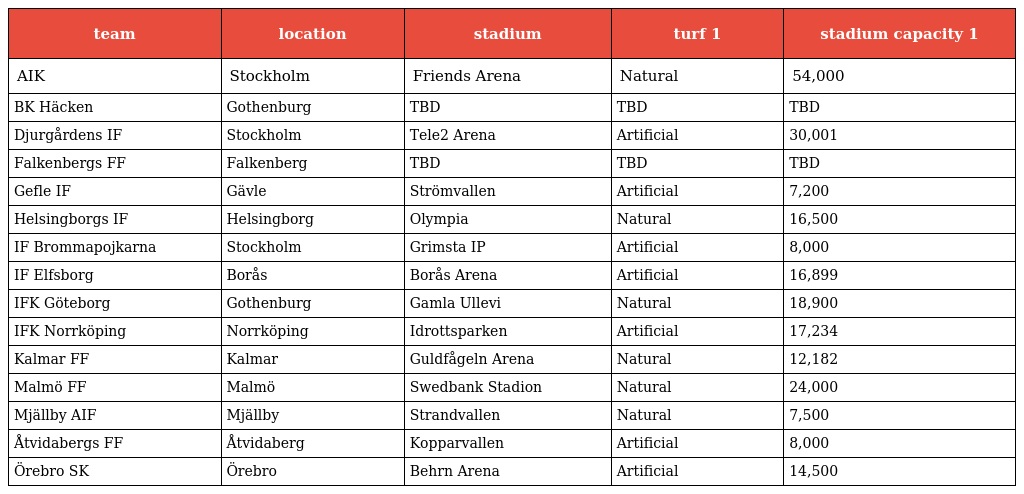
| team | location | stadium | turf 1 | stadium capacity 1 |
 | --- | --- | --- | --- | --- |
 | AIK | Stockholm | Friends Arena | Natural | 54,000 |
 | BK Häcken | Gothenburg | TBD | TBD | TBD |
 | Djurgårdens IF | Stockholm | Tele2 Arena | Artificial | 30,001 |
 | Falkenbergs FF | Falkenberg | TBD | TBD | TBD |
 | Gefle IF | Gävle | Strömvallen | Artificial | 7,200 |
 | Helsingborgs IF | Helsingborg | Olympia | Natural | 16,500 |
 | IF Brommapojkarna | Stockholm | Grimsta IP | Artificial | 8,000 |
 | IF Elfsborg | Borås | Borås Arena | Artificial | 16,899 |
 | IFK Göteborg | Gothenburg | Gamla Ullevi | Natural | 18,900 |
 | IFK Norrköping | Norrköping | Idrottsparken | Artificial | 17,234 |
 | Kalmar FF | Kalmar | Guldfågeln Arena | Natural | 12,182 |
 | Malmö FF | Malmö | Swedbank Stadion | Natural | 24,000 |
 | Mjällby AIF | Mjällby | Strandvallen | Natural | 7,500 |
 | Åtvidabergs FF | Åtvidaberg | Kopparvallen | Artificial | 8,000 |
 | Örebro SK | Örebro | Behrn Arena | Artificial | 14,500 |